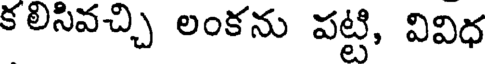
కలిసివచ్చి లంకను పట్టి, వివిధ